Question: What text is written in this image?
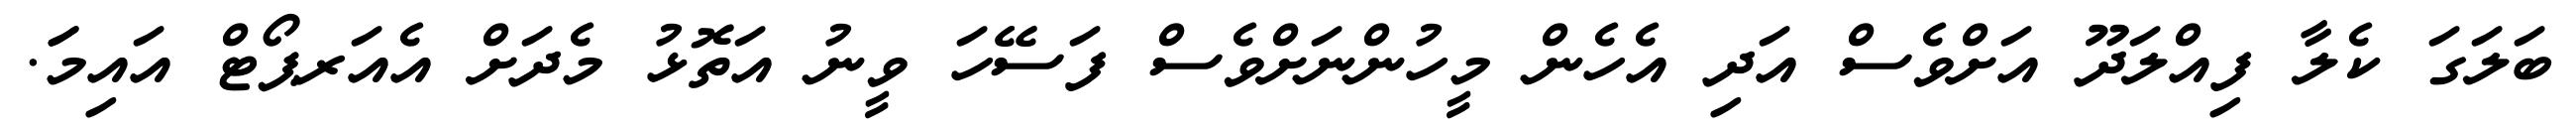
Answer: ބަލަގަ ކެލާ ފިއްލަދޫ އަށްވެސް އަދި އެހެން މީހުންނަށްވެސް ފަސޭހަ ވީނު އަތޮޅު މެދަށް އެއަރޕޯޓް އައިމަަ.